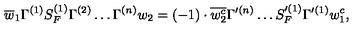
\overline { { w } } _ { 1 } \Gamma ^ { ( 1 ) } S _ { F } ^ { ( 1 ) } \Gamma ^ { ( 2 ) } \ldots \Gamma ^ { ( n ) } w _ { 2 } = ( - 1 ) \cdot \overline { { w _ { 2 } ^ { c } } } \Gamma ^ { \prime ( n ) } \ldots S _ { F } ^ { \prime ( 1 ) } \Gamma ^ { \prime ( 1 ) } w _ { 1 } ^ { c } ,